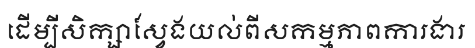
ដើម្បីសិក្សាស្វែងយល់ពីសកម្មភាពការងារ